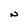
Character: N